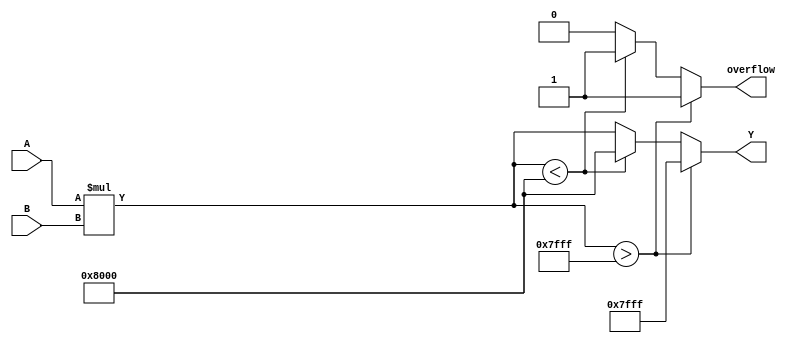
module ParameterizedMultiplier #(
    parameter WIDTH_A = 8,  // Width of input A
    parameter WIDTH_B = 8   // Width of input B
)(
    input signed [WIDTH_A-1:0] A,  // Input A
    input signed [WIDTH_B-1:0] B,  // Input B
    output reg signed [WIDTH_A + WIDTH_B - 1:0] Y,  // Output Y
    output reg overflow             // Overflow flag
);

    always @(*) begin
        // Perform multiplication
        Y = A * B;

        // Check for overflow condition
        if (Y > {1'b0, {WIDTH_A + WIDTH_B - 1{1'b1}}}) begin
            Y = {1'b0, {WIDTH_A + WIDTH_B - 1{1'b1}}}; // Saturate to max value
            overflow = 1'b1;  // Set overflow flag
        end else if (Y < {1'b1, {WIDTH_A + WIDTH_B - 1{1'b0}}}) begin
            Y = {1'b1, {WIDTH_A + WIDTH_B - 1{1'b0}}}; // Saturate to min value
            overflow = 1'b1;  // Set overflow flag
        end else begin
            overflow = 1'b0;  // No overflow
        end
    end

endmodule